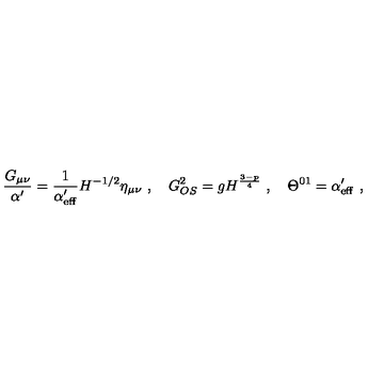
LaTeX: \frac { G _ { \mu \nu } } { \alpha ^ { \prime } } = \frac { 1 } { \alpha _ { \mathrm { e f f } } ^ { \prime } } H ^ { - 1 / 2 } \eta _ { \mu \nu } \ , \quad G _ { O S } ^ { 2 } = g H ^ { \frac { 3 - p } { 4 } } \ , \quad \Theta ^ { 0 1 } = \alpha _ { \mathrm { e f f } } ^ { \prime } \ ,